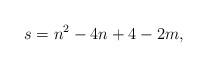
LaTeX: \begin{align*}s=n^2-4n+4-2m,\end{align*}